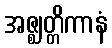
အဇ္ဈတ္တိကာနံ